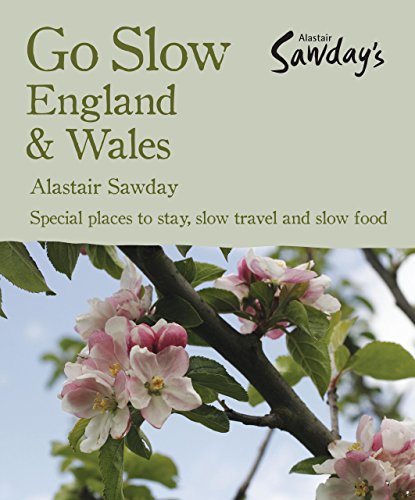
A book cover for Go Slow England & Wales (Alastair Sawday's Special Places to Stay England & Wales); Alastair Sawday; Travel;